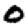
Digit: 0